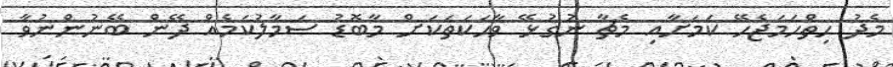
މެދު ހިތްހަމަޖެހޭ ކަމަށާއި މެޗާ ނުގުޅޭ ވާހަކަތަކަށް މާބޮޑު ސަމާލުކަމެއް ދޭން ބޭނުންނުވާ